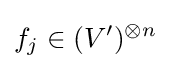
f_{j}\in (V')^{\otimes n}